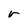
Character: r